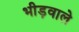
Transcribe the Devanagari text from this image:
भीड़वाले